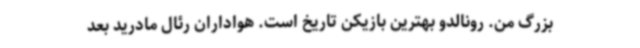
بزرگ من. رونالدو بهترین بازیکن تاریخ است. هواداران رئال مادرید بعد